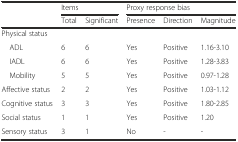
|  | <COLSPAN=2> Items | <COLSPAN=3> Proxy response bias |
 |  | Total | Significant | Presence | Direction | Magnitude |
 | --- | --- | --- | --- | --- | --- |
 | Physical status |  |  |  |  |  |
 | ADL | 6 | 6 | Yes | Positive | 1.16-3.10 |
 | IADL | 6 | 6 | Yes | Positive | 1.28-3.83 |
 | Mobility | 5 | 5 | Yes | Positive | 0.97-1.28 |
 | Affective status | 2 | 2 | Yes | Positive | 1.03-1.12 |
 | Cognitive status | 3 | 3 | Yes | Positive | 1.80-2.85 |
 | Social status | 1 | 1 | Yes | Positive | 1.20 |
 | Sensory status | 3 | 1 | No | - | - |